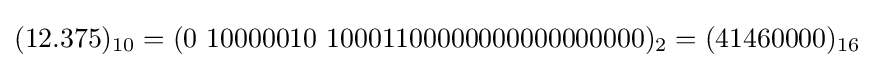
(12.375)_{10}=(0\ 10000010\ 10001100000000000000000)_{2}=(41460000)_{16}